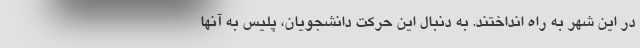
در این شهر به راه انداختند. به دنبال این حرکت دانشجویان، پلیس به آنها